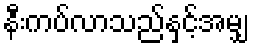
နီးကပ်လာသည်နှင့်အမျှ